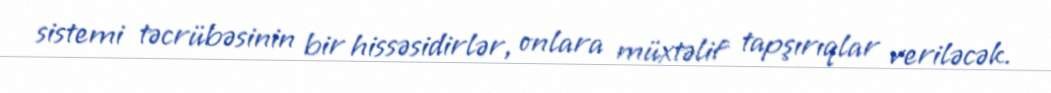
sistemi təcrübəsinin bir hissəsidirlər, onlara müxtəlif tapşırıqlar veriləcək.